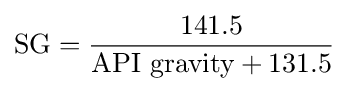
{\text{SG}}={\frac {141.5}{{\text{API gravity}}+131.5}}